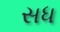
સધ